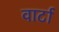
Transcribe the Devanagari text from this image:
वार्टा